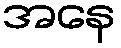
အနေ